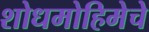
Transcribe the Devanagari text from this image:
शोधमोहिमेचे